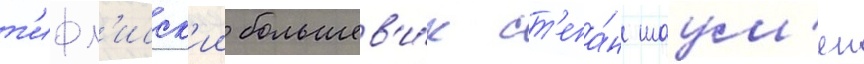
т'ифл'исск'ии большев'и́к ст'епа́н шаум'ян